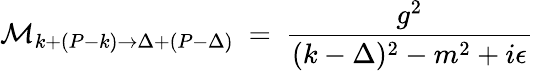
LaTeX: {\cal M}_{k+(P-k)\to\Delta+(P-\Delta)}\ =\ {\frac{g^{2}}{(k-\Delta)^{2}-m^{2}+i\epsilon}}\,